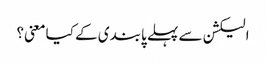
الیکشن سے پہلے پابندی کے کیا معنی؟